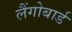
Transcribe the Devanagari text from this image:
लैंगोबार्ड